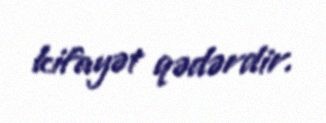
kifayət qədərdir.